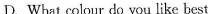
D. What colour do you like best